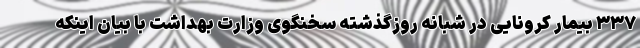
۳۳۷ بیمار کرونایی در شبانه روزگذشته سخنگوی وزارت بهداشت با بیان اینکه